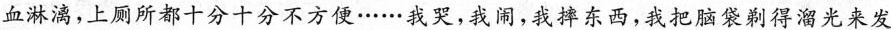
血淋漓，上厕所都十分十分不方便……我哭，我闹，我摔东西，我把脑袋剃得溜光来发